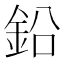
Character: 鉛